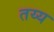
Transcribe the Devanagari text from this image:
तय्य